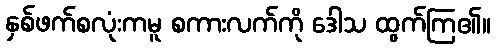
နှစ်ဖက်စလုံးကမူ စကားလက်ကို ဒေါသ ထွက်ကြ၏။